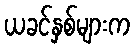
ယခင်နှစ်များက